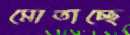
মোতাচ্ছে